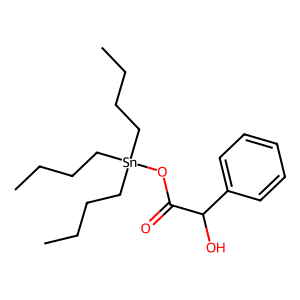
SMILES: CCCC[Sn](CCCC)(CCCC)OC(=O)C(O)c1ccccc1
Inhibits HIV replication: No